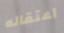
اعتقاله